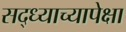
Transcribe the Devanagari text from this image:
सद्ध्याच्यापेक्षा